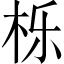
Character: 栎